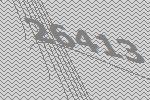
26413